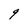
Character: q